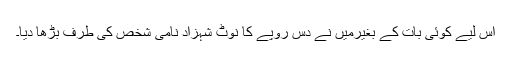
اس لیے کوئی بات کے بغیرمیں نے دس روپے کا نوٹ شہزاد نامی شخص کی طرف بڑھا دیا۔